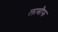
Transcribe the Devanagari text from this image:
लाबौफ